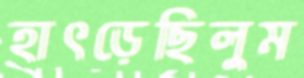
হাৎড়েছিলুম